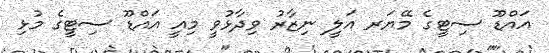
އައްޑޫ ސިޓީގެ މޭޔަރ އަލީ ނިޒާރު ވިދާޅުވީ މިއީ އައްޑޫ ސިޓީގެ މުޅި